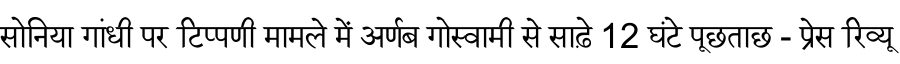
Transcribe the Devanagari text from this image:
सोनिया गांधी पर टिप्पणी मामले में अर्णब गोस्वामी से साढ़े 12 घंटे पूछताछ - प्रेस रिव्यू